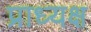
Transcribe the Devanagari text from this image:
प्राध्यक्ष